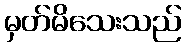
မှတ်မိသေးသည်